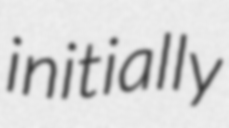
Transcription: initially